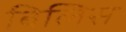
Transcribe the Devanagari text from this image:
बिलिस